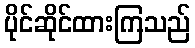
ပိုင်ဆိုင်ထားကြသည်